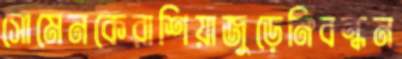
সোমেনকেরাশিয়াজুড়েনিবন্ধন